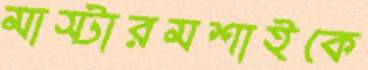
মাস্টারমশাইকে